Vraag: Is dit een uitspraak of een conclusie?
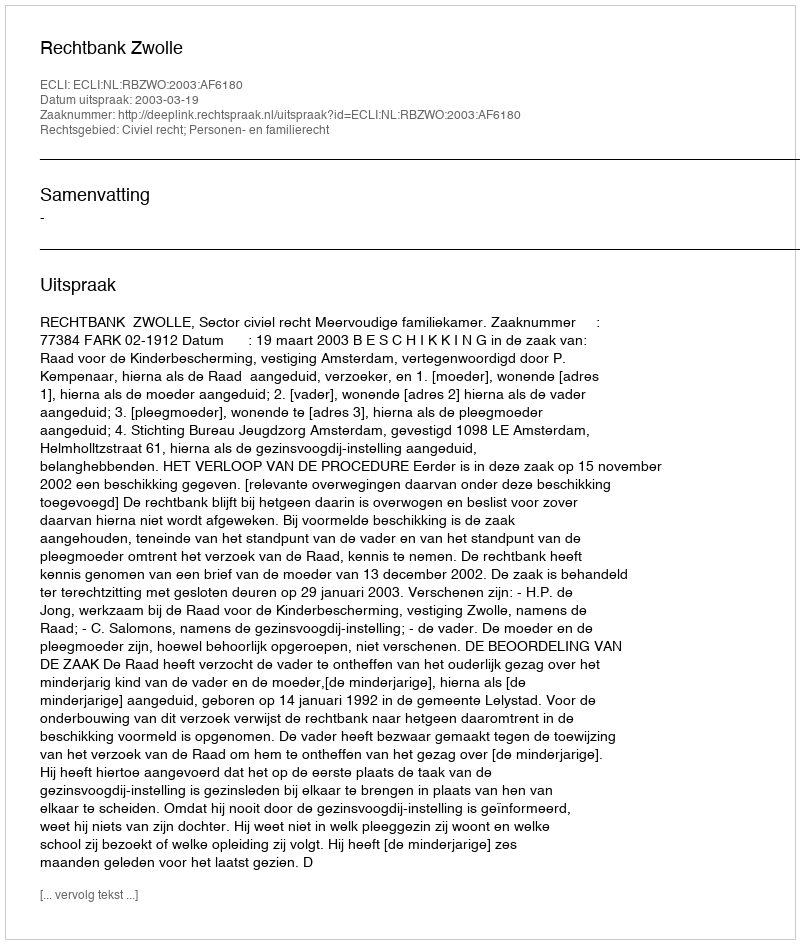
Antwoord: Uitspraak